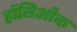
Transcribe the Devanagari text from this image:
हॉलिओक